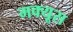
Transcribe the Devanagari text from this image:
मक्यूस